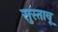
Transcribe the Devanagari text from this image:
सुस्तावू